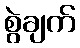
စွဲချက်